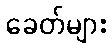
ခေတ်များ